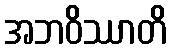
အဘဝိဿာတိ